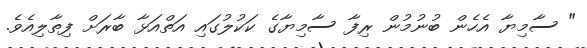
" ސާމިޔާ އެހެން ބުނުމުން ރިފާ ސާމިޔާގެ ކަކުލުގައި އަތްއަޅާ ބާރަށް ފިތާލިއެވެ.